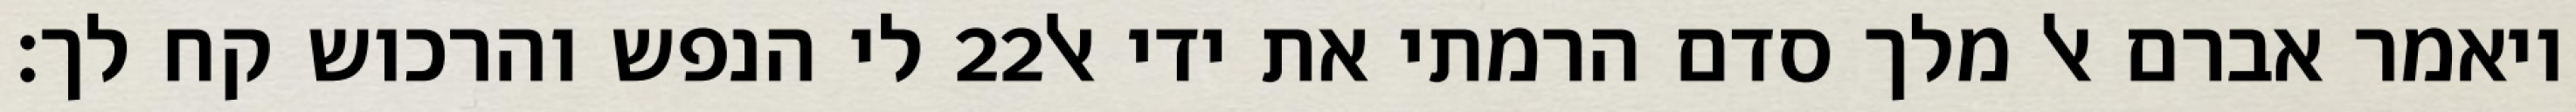
לי הנפש והרכוש קח לך׃ ‎22‏ ויאמר אברם אל מלך סדם הרמתי את ידי אל